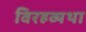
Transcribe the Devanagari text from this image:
विरहव्यथा